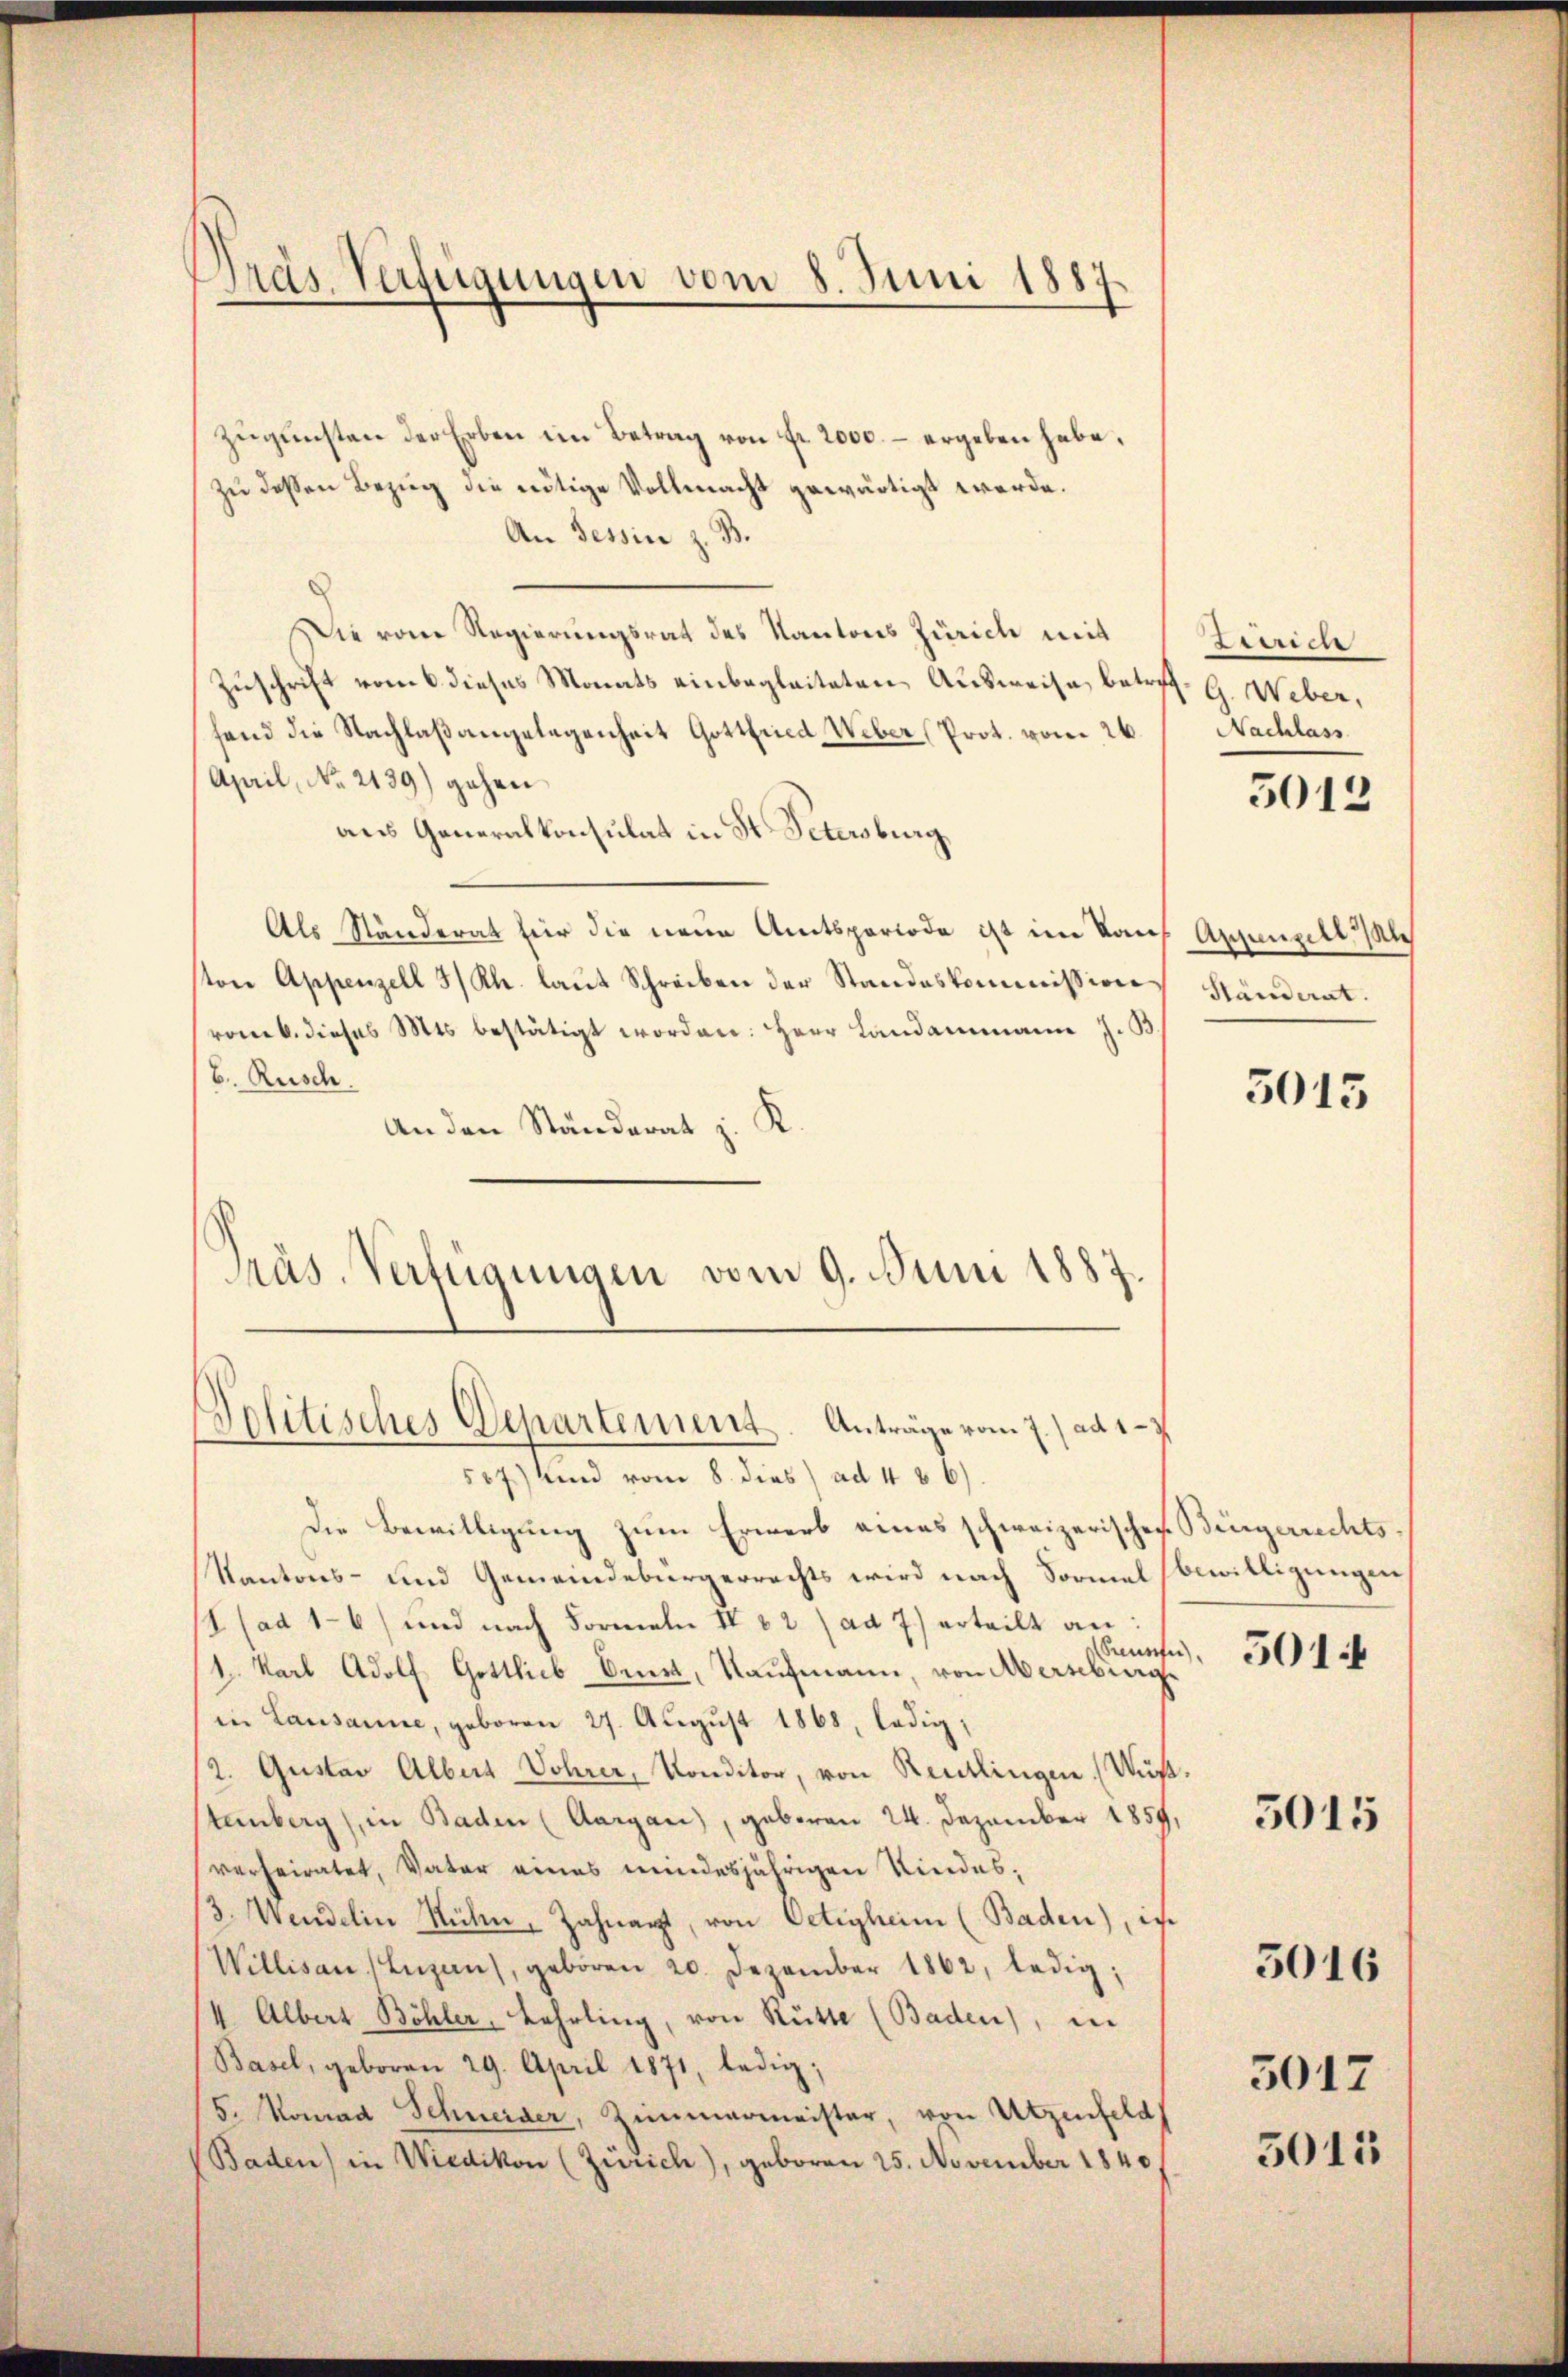
zŭgŭnsten der Erben im Betrag von Fr. 2000. – ergeben habe,
zu dessen Bezug die nötige Vollmacht gewärtigt werde.
An Tessin z. B.
Die vom Regierungsrat des Kantons Zürich mit
Zuschrift vom 6 dieses Monats einbegleiteten Ausweise betref G. Weber,
hand die Nachlaßangelegenheit Gottfried, Weber (Prot. vom 26.
April, No. 2139) gehen
aus Generalkonsulat in St. Petersburg
Als Ständerat für die neue Amtsperiode ist im Kauf Appenzell sich
ston Appenzell 3/Rh. laŭt Schreiben der Standeskommission
vomb. dieses Mts. bestätigt worden: Herr Landammann J. B.
6. Rusch.
An den Ständerat z. K.
Präs. Verfügungen vom 9. Juni 1887.
Politisches Departement. Anträge vom 7./ ad 17

Dräs Verfügungen vom 8. Juni 1887

567) und vom 8. dies ad 486)
Die Bewilligung zum Erwerb eines schweizerischen Bürgerrechts¬
Kantons- und Gemeindebürgerrechts wird nach Formel bewilligungen
 (ad 16) und nach Formeln IV 62 (ad 7) erteilt an
Saufe
1. Karl Adolf Gottlieb Brust, Kaufmann, von Mersburg
in Lausanne, geboren 27. August 1868, ledig;
2. Gustav Albert Vohrer, Konditor, von Reutlingen. (Wüßtenberg), in Baden (Aargau), geboren 24. Dezember 1859,
verheiratet, Vater eines minderjährigen Kindes¬
3. Wendelin Sühn, Zahnarzt, von Oetigheim (Baden), in
Willisau (Luzan), geboren 20. Dezember 1862, ledig,
1. Albert Böhler, Lehrling, von Rütte (Baden), in
Basel, geboren 29. April 1871, ledig,
5. Manad Schneider, Zimmermeister, von Utzenfeld
(Baden) in Wiedikon (Zürich), geboren 25. November 1840

ee
Nachlass

5012

Ständerat.

5015

501

5015

5016

3017
5011